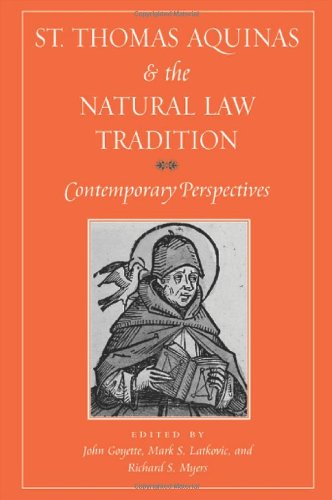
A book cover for St. Thomas Aquinas and the Natural Law Tradition: Contemporary Perspectives; Christian Books & Bibles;